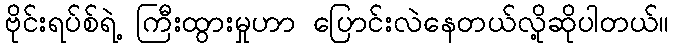
ဗိုင်းရပ်စ်ရဲ့ ကြီးထွားမှုဟာ ပြောင်းလဲနေတယ်လို့ဆိုပါတယ်။